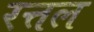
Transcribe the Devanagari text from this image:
रत्तल